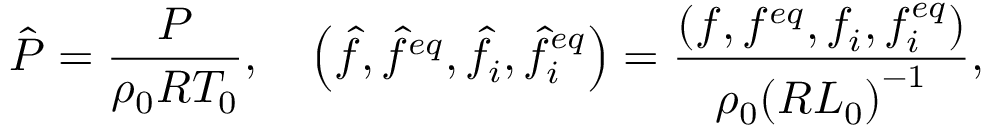
\hat { P } = \frac { P } { { { \rho _ { 0 } } { R } T _ { 0 } } } , \quad \left( { \hat { f } , { { \hat { f } } ^ { e q } } , { { \hat { f } } _ { i } } , \hat { f } _ { i } ^ { e q } } \right) = \frac { { \left( { f , { f ^ { e q } } , { f _ { i } } , f _ { i } ^ { e q } } \right) } } { { { \rho _ { 0 } } { { \left( { R { L _ { 0 } } } \right) } ^ { - 1 } } } } ,